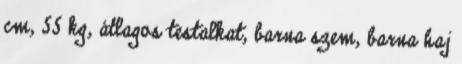
cm, 55 kg, átlagos testalkat, barna szem, barna haj